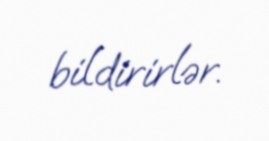
bildirirlər.